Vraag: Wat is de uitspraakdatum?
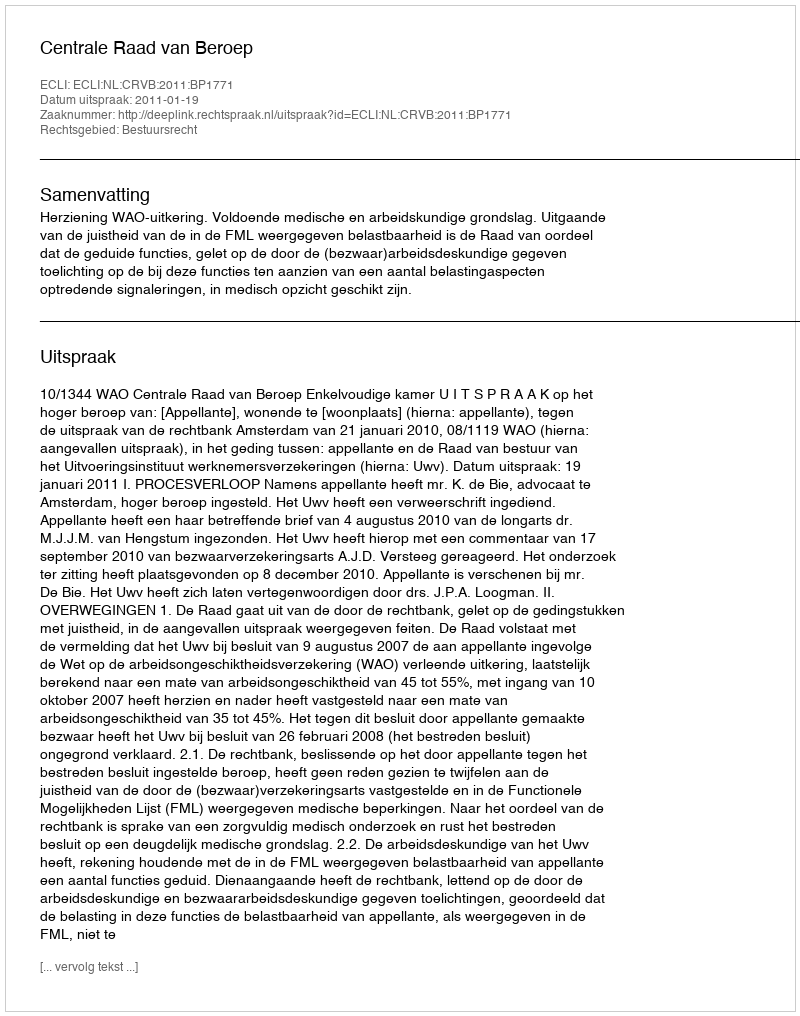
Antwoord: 2011-01-19